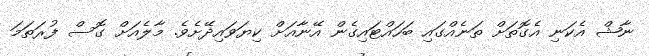
ނާޝް އެކަނި އެގޮތަށް ތަނެއްގައި ބަހައްޓައިގެން އޭނާއަށް ކިޔަވައިދޭށެވެ. މާލެއަށް ގޮސް ފުރަތަމަ